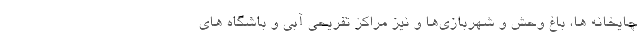
چایخانه ها، باغ وحش و شهربازی‌ها و نیز مراکز تفریحی آبی و باشگاه های